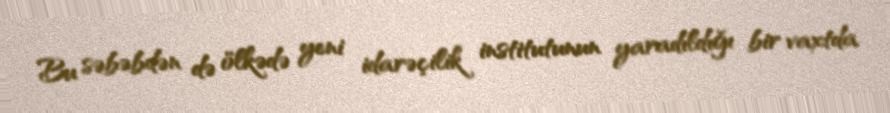
Bu səbəbdən də ölkədə yeni idarəçilik institutunun yaradıldığı bir vaxtda